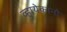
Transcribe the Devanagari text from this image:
व्हायेकानो